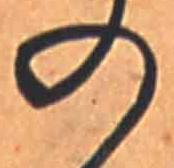
の